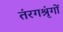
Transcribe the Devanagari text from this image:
तंरगश्रृंगों